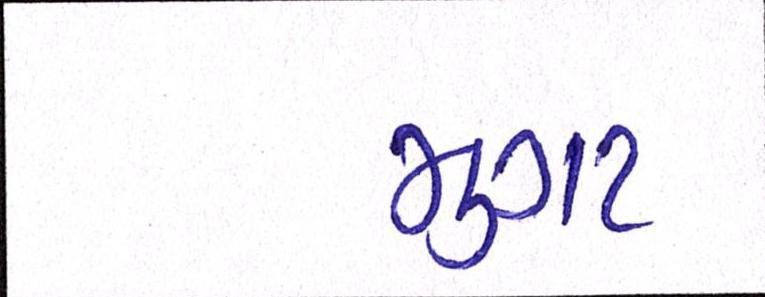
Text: મુગટ